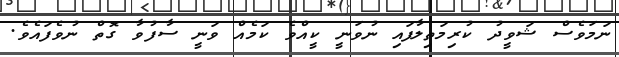
ނަމަވެސް ޝަވީދު ކުރިމަތިލާފައި ނުވަނީ ކީއްވެ ކަމެއް ވަނީ ސާފުވާ ގޮތް ނުވެފައެވެ.